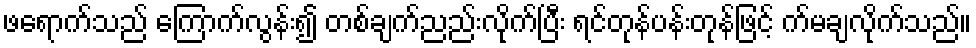
ဖရောက်သည် ကြောက်လွန်း၍ တစ်ချက်ညည်းလိုက်ပြီး ရင်တုန်ပန်းတုန်ဖြင့် က်မချလိုက်သည်။